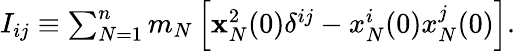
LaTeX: \begin{array}{r}{I_{ij}\equiv\sum_{N=1}^{n}m_{N}\left[{\mathbf x}_{N}^{2}(0)\delta^{ij}-x_{N}^{i}(0)x_{N}^{j}(0)\right].}\end{array}